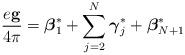
\begin{align*}\frac{e{\bf g}}{4\pi}={\mbox{\boldmath $\beta$}}_1^*+\sum_{j=2}^{N}{\mbox{\boldmath $\gamma$}}_j^*+{\mbox{\boldmath $\beta$}}_{N+1}^*\end{align*}